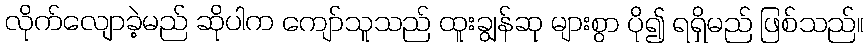
လိုက်လျောခဲ့မည် ဆိုပါက ကျော်သူသည် ထူးချွန်ဆု များစွာ ပို၍ ရရှိမည် ဖြစ်သည်။